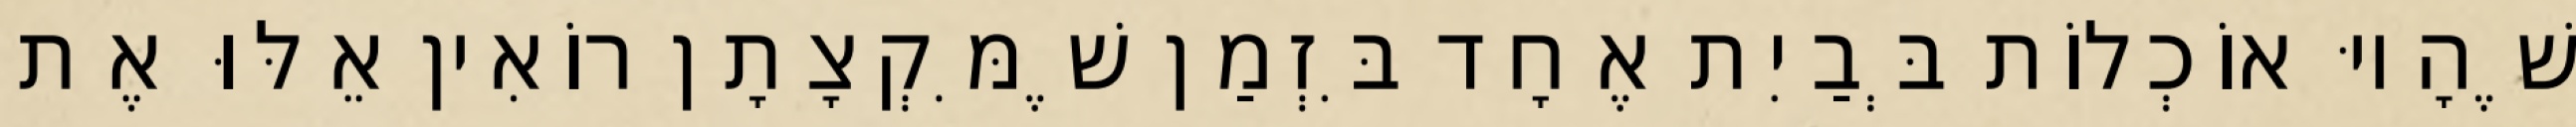
שֶׁהָיוּ אוֹכְלוֹת בְּבַיִת אֶחָד בִּזְמַן שֶׁמִּקְצָתָן רוֹאִין אֵלּוּ אֶת